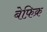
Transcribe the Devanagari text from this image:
बेफ़िक्र